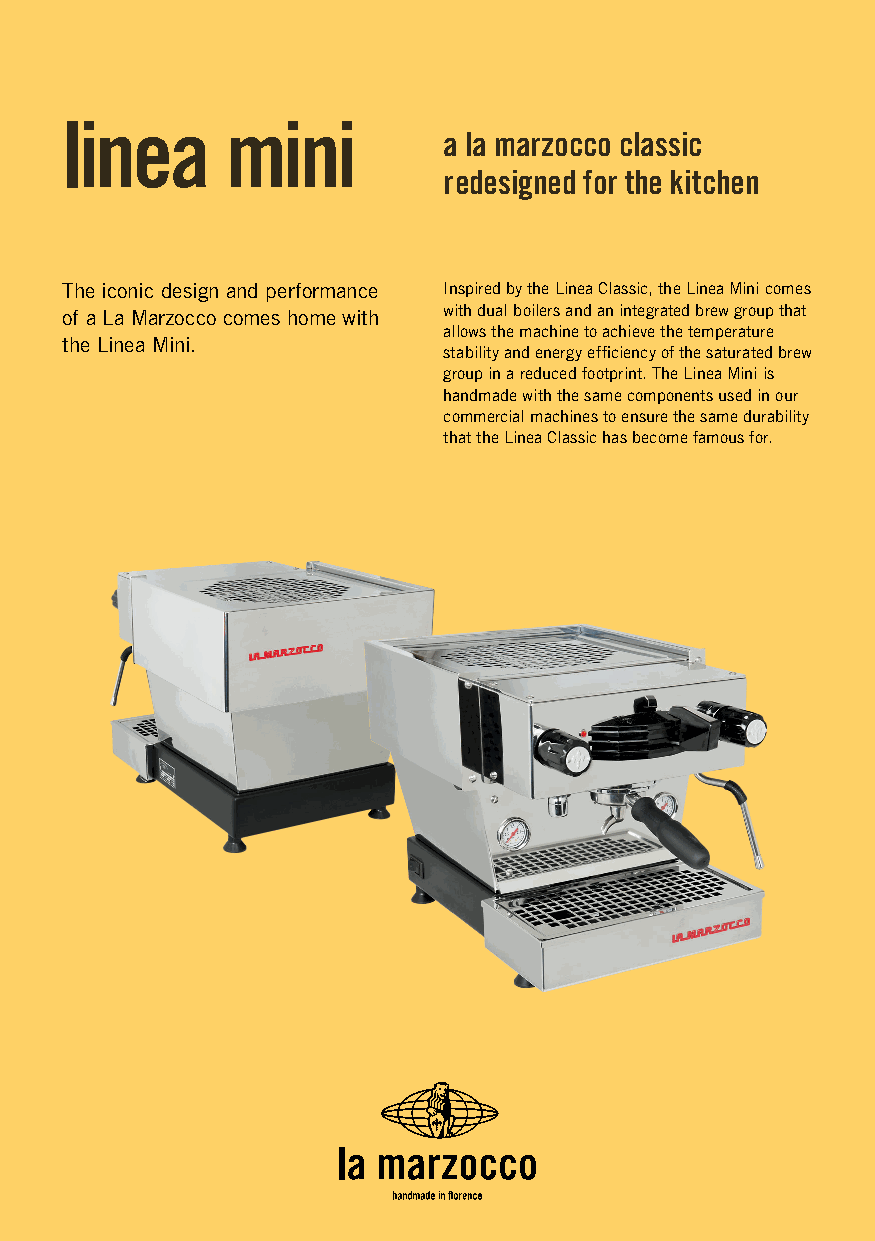
linea      mini
 a la marzocco classic
 redesigned for the kitchen
 The iconic design and performance Inspired by the Linea Classic, the Linea Mini comes
 of a La Marzocco comes home with with dual boilers and an integrated brew group that
 allows the machine to achieve the temperature
 the Linea Mini.
 stability and energy efficiency of the saturated brew
 group in a reduced footprint. The Linea Mini is
 handmade with the same components used in our
 commercial machines to ensure the same durability
 that the Linea Classic has become famous for.